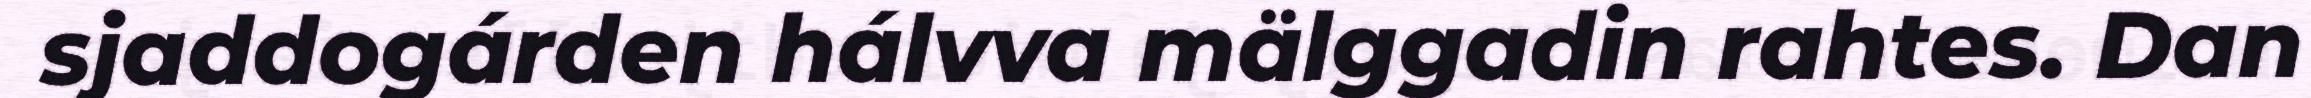
sjaddogárden hálvva mälggadin rahtes. Dan